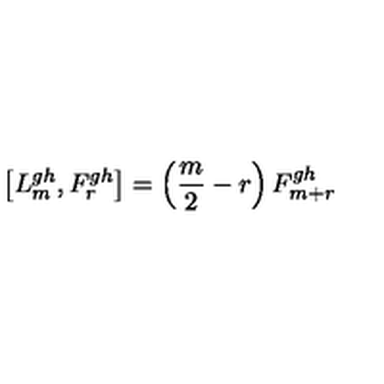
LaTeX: \left[ L _ { m } ^ { g h } , F _ { r } ^ { g h } \right] = \left( \frac { m } { 2 } - r \right) F _ { m + r } ^ { g h }